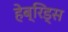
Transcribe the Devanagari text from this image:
हेब्रिड्स